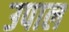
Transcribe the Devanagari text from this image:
उपाल